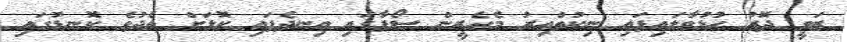
ޒަވީ ދޮރު ހުޅުވާލައިފައި ނިކުތްއިރު މެހެރީން ސޯފާގައި އިނދެފައި ކޮޅަށް ތެދުވެ ކޮނޑުގައި